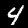
Digit: 4